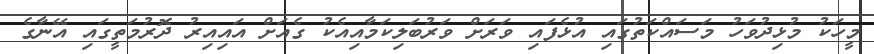
މީހަކު މުޅިދުވަހު މަސައްކަތުގައި އުޅެފައި ވަރަށް ވަރުބަލިކަމާއިއެކު ގެއަށް އައިއިރު ދޮރުމަތީގައި އޭނާގެ